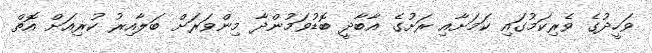
ވަހީދުގެ ވެރިކަމުގައި ކަމަށާއި ރަށުގެ އާބާދީ ބޮޑުވަމުންދާ މިންވަރަށް ބަލާއިރު ކުރިއަށް އޮތް